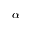
\boldsymbol \alpha